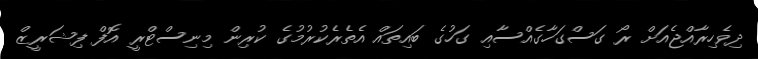
ދިވެހިރާއްޖެއަށް ރޯ ގަސްގަހާގެއްސާއި ގަހުގެ ބައިތައް އެތެރެކުރުމުގެ ކުރިން މިނިސްޓްރީ އޮފް ފިޝަރީޒް